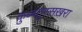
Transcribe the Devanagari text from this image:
कुब्बतुस्सख़रा